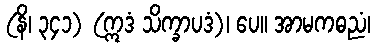
(နိ၊ ၃၄၁) (ဣဒံ သိက္ခာပဒံ)၊ ပေ။ အာမကဓညံ၊